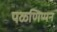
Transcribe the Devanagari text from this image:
पळणिप्पन